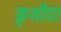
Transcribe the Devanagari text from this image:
कृथीदा